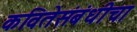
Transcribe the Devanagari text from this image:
कवितेसंबंधीचा